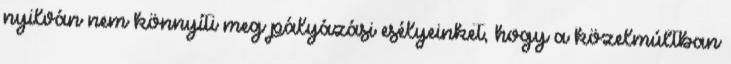
nyilván nem könnyíti meg pályázási esélyeinket, hogy a közelmúltban